Medical and sanitary report of the native army of Bengal for the year
Year: 1878
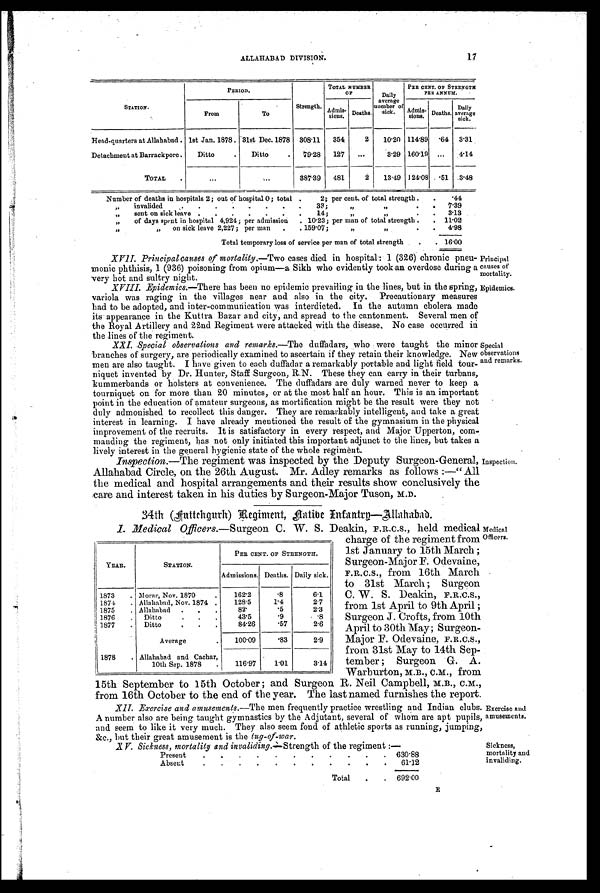
Principal
causes of
mortality.
Epidemics.
ALLAHABAD DIVISION. 17
STATION.
P E R I O D .
Strength.
TOTAL NUMBER
O F
Daily
average
number of
sick.
PER CENT. OF STRENGTH
PER ANNUM.
From
To
Admis-
sions. Deaths.
Admis- sions. Deaths. Daily
average sick.
Head-quarters at Allahabad . 1st Jan. 1878 . 31st Dec. 1878 308.11 354
2 10.20 114.89
. 6 4 3.31
Detachment at Barrackpore . Ditto
. Ditto
. 79.28 127
. . .
3.29 160.19 ... 4.14
TOTAL .
...
...
387.39 481
2 13.49 124.08 .51 3.48
Number of deaths in hospitals 2; out of hospital 0 ; total .
2; per cent. of total strength . .
.44
„ invalided
33;
„ „
. 7.39
„ sent on sick leave . . . . . . . 14;
„ „
. . 3.13
„ of days spent in hospital 4,924; per admission . 10.23; per man of total strength . . 11.02
„
„ on sick leave 2,227; per man . . 159.07;
„ „
. 4.98
Total temporary loss of service per man of total strength . . 1 6 . 0 0
XVII. Principal causes of mortality. —Two cases died in hospital: 1 (326) chronic pneu-
monic phthisis, 1 (936) poisoning from opium—a Sikh who evidently took an overdose during a
very hot and sultry night.
XVIII. Epidemics. —There has been no epidemic prevailing in the lines, but in the spring,
variola was raging in the villages near and also in the city. Precautionary measures
had to be adopted, and inter-communication was interdicted. In the autumn cholera made
its appearance in the Kuttra Bazar and city, and spread to the cantonment. Several men of
the Royal Artillery and 22nd Regiment were attacked with the disease. No case occurred in
the lines of the regiment.
XXI. Special observations and remarks. —The duffadars, who were taught the minor
branches of surgery, are periodically examined to ascertain if they retain their knowledge. New
men are also taught. I have given to each duffadar a remarkably portable and light field tour-
niquet invented by Dr. Hunter, Staff Surgeon, R.N. These they can carry in their turbans,
kummerbands or holsters at convenience. The duffadars are duly warned never to keep a
tourniquet on for more than 20 minutes, or at the most half an hour. This is an important
point in the education of amateur surgeons, as mortification might be the result were they not
duly admonished to recollect this danger. They are remarkably intelligent, and take a great
interest in learning. I have already mentioned the result of the gymnasium in the physical
improvement of the recruits. It is satisfactory in every respect, and Major Upperton, com-
manding the regiment, has not, only initiated this important adjunct to the lines, but takes a
lively interest in the general hygienic state of the whole regiment.
Inspection. —the regiment was inspected by the Deputy Surgeon-General,
Allahabad Circle, on the 26th August. Mr. Adley remarks as follows :—" All
the medical and hospital arrangements and their results show conclusively the
care and interest taken in his duties by Surgeon-Major Tuson, M.D.
34th (Auttchgurh) Regiment, Native Infantry—Allahabad.
Special
observations
and remarks.
Inspection.
I . M e d i c a l O f f i c e r s .
— S u r g e o n C . W . S . D e a k i n , F . R . C . S . , h e l d m e d i c a l
charge of the regiment from
1st January to 15th March ;
Surgeon-Major F. Odevaine,
F.R.C.S., from 16th March
to 31st March ; Surgeon
C. W. S. Deakin, F.R.C.S.,
from 1st April to 9th April ;
Surgeon J. Crofts, from 10th
April to 30th May; Surgeon-
Major F. Odevaine, F.R.C.S.,
from 31st May to 14th Sep-
tember ; Surgeon G. A.
Warburton, M. B., C.M., from
15th September to 15th October ; and Surgeon R. Neil Campbell, M.B., C.M.,
from 16th October to the end of the year. The last named furnishes the report.
XII. Exercise and amusements. —The men frequently practice wrestling and Indian clubs.
A number also are being taught gymnastics by the Adjutant, several of whom are apt pupils,
and seem to like it very much. They also seem fond of athletic sports as running, jumping,
&c., but their great amusement is the tug-of-war.
XV. Sickness, mortality and invaliding.—Strength of the regiment :—
Present. .
.
.
. . .
. .
. 630.88
Absent
.
. . .
.
. . . . . . 61.12
Total ,
. 692.00
YEAR.
STATION.
PER CENT. OF STRENGTH.
Admissions. Deaths. Daily sick.
1873 . Morar, Nov. 1870
.
162.2
. 8 6.1
1874 . Allahabad, Nov. 1874 .
128.5
1.4
2.7
1875 . Allahabad . . .
82.
. 5 2.3
1876 . Ditto
43.5
. 9
. 8
1877
Ditto.
. .
84.26
.57
2.6
Average
.
100.09
. 8 3 2.9
1878 . Allahabad and Cachar,
10th Sep. 1878 .
116.97
1.01
3.14
Medical
Officers.
Exercise and
amusements.
Sickness,
mortality and
invaliding. E